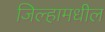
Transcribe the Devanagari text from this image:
जिल्हामधील